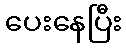
ပေးနေပြီး